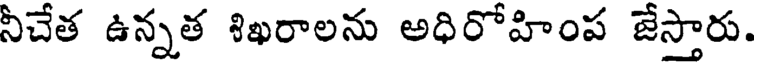
నీచేత ఉన్నత శిఖరాలను అధిరోహింప జేస్తారు.